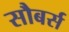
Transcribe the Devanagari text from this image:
सौबर्स